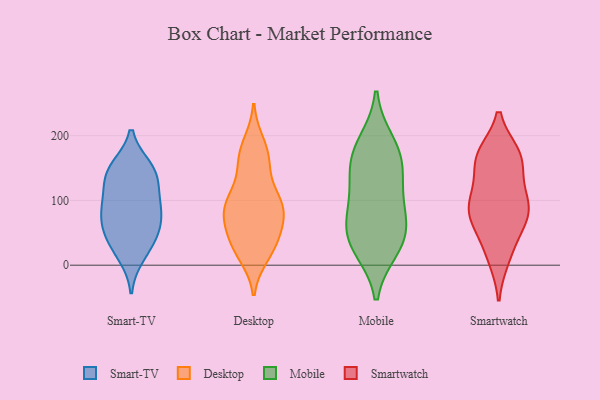
{"axis": {"x": "Latency (ms)", "y": "Value"}, "legend": ["Desktop", "Mobile", "Smart-TV", "Smartwatch"], "data": [{"x": "", "y": 139, "type": "Smart-TV"}, {"x": "", "y": 150, "type": "Smart-TV"}, {"x": "", "y": 69, "type": "Smart-TV"}, {"x": "", "y": 95, "type": "Smart-TV"}, {"x": "", "y": 31, "type": "Smart-TV"}, {"x": "", "y": 81, "type": "Smart-TV"}, {"x": "", "y": 15, "type": "Smart-TV"}, {"x": "", "y": 48, "type": "Smart-TV"}, {"x": "", "y": 111, "type": "Smart-TV"}, {"x": "", "y": 147, "type": "Smart-TV"}, {"x": "", "y": 85, "type": "Smart-TV"}, {"x": "", "y": 141, "type": "Smart-TV"}, {"x": "", "y": 50, "type": "Smart-TV"}, {"x": "", "y": 64, "type": "Desktop"}, {"x": "", "y": 16, "type": "Desktop"}, {"x": "", "y": 84, "type": "Desktop"}, {"x": "", "y": 29, "type": "Desktop"}, {"x": "", "y": 95, "type": "Desktop"}, {"x": "", "y": 155, "type": "Desktop"}, {"x": "", "y": 68, "type": "Desktop"}, {"x": "", "y": 92, "type": "Desktop"}, {"x": "", "y": 58, "type": "Desktop"}, {"x": "", "y": 100, "type": "Desktop"}, {"x": "", "y": 150, "type": "Desktop"}, {"x": "", "y": 88, "type": "Desktop"}, {"x": "", "y": 109, "type": "Desktop"}, {"x": "", "y": 92, "type": "Desktop"}, {"x": "", "y": 172, "type": "Desktop"}, {"x": "", "y": 187, "type": "Desktop"}, {"x": "", "y": 175, "type": "Desktop"}, {"x": "", "y": 28, "type": "Desktop"}, {"x": "", "y": 24, "type": "Desktop"}, {"x": "", "y": 37, "type": "Desktop"}, {"x": "", "y": 170, "type": "Mobile"}, {"x": "", "y": 161, "type": "Mobile"}, {"x": "", "y": 105, "type": "Mobile"}, {"x": "", "y": 27, "type": "Mobile"}, {"x": "", "y": 87, "type": "Mobile"}, {"x": "", "y": 33, "type": "Mobile"}, {"x": "", "y": 188, "type": "Mobile"}, {"x": "", "y": 56, "type": "Mobile"}, {"x": "", "y": 139, "type": "Mobile"}, {"x": "", "y": 50, "type": "Mobile"}, {"x": "", "y": 11, "type": "Smartwatch"}, {"x": "", "y": 102, "type": "Smartwatch"}, {"x": "", "y": 85, "type": "Smartwatch"}, {"x": "", "y": 171, "type": "Smartwatch"}, {"x": "", "y": 171, "type": "Smartwatch"}, {"x": "", "y": 88, "type": "Smartwatch"}, {"x": "", "y": 163, "type": "Smartwatch"}, {"x": "", "y": 96, "type": "Smartwatch"}, {"x": "", "y": 162, "type": "Smartwatch"}, {"x": "", "y": 130, "type": "Smartwatch"}, {"x": "", "y": 16, "type": "Smartwatch"}, {"x": "", "y": 72, "type": "Smartwatch"}, {"x": "", "y": 63, "type": "Smartwatch"}, {"x": "", "y": 169, "type": "Smartwatch"}, {"x": "", "y": 94, "type": "Smartwatch"}, {"x": "", "y": 52, "type": "Smartwatch"}]}